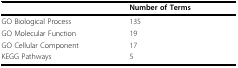
<table><thead><tr><td></td><td><b>Number of Terms</b></td></tr></thead><tbody><tr><td>GO Biological Process</td><td>135</td></tr><tr><td>GO Molecular Function</td><td>19</td></tr><tr><td>GO Cellular Component</td><td>17</td></tr><tr><td>KEGG Pathways</td><td>5</td></tr></tbody></table>